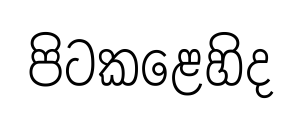
පිටකළෙහිද